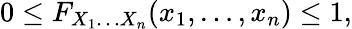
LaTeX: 0\leq F_{X_{1}\ldots X_{n}}(x_{1},\ldots,x_{n})\leq 1,